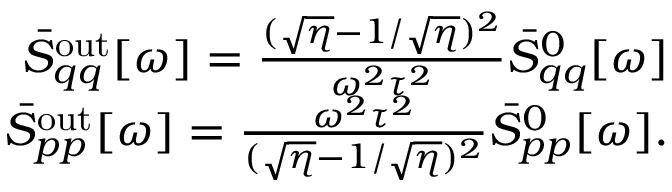
\begin{array} { r } { \bar { S } _ { q q } ^ { \mathrm { o u t } } [ \omega ] = \frac { ( \sqrt { \eta } - 1 / \sqrt { \eta } ) ^ { 2 } } { \omega ^ { 2 } \tau ^ { 2 } } \bar { S } _ { q q } ^ { 0 } [ \omega ] } \\ { \bar { S } _ { p p } ^ { \mathrm { o u t } } [ \omega ] = \frac { \omega ^ { 2 } \tau ^ { 2 } } { ( \sqrt { \eta } - 1 / \sqrt { \eta } ) ^ { 2 } } \bar { S } _ { p p } ^ { 0 } [ \omega ] . } \end{array}